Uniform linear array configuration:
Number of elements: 4
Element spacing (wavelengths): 0.75
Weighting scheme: blackman
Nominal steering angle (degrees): -45
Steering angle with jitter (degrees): -43.151
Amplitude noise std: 0.05
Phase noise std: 0.05

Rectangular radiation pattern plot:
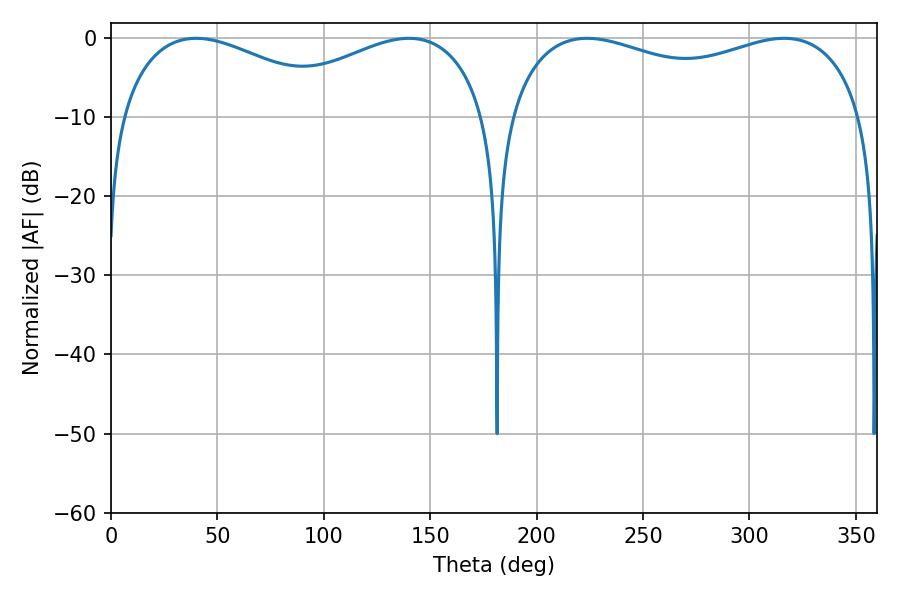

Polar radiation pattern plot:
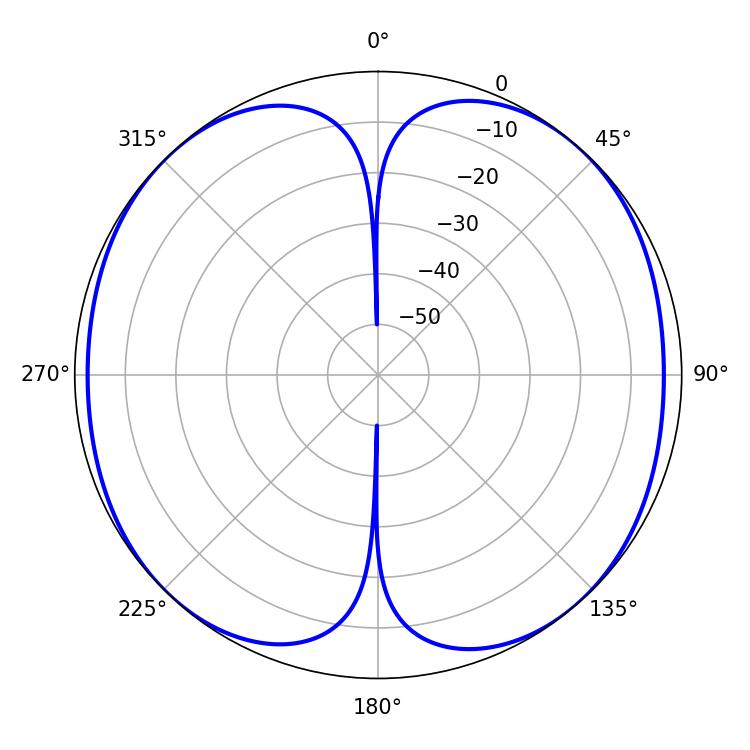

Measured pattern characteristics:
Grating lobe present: TRUE
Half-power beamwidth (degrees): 59.22
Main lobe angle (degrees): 39.96